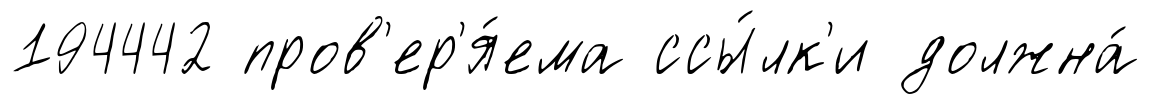
194442 пров'ер'я́ема ссы́лк'и должна́